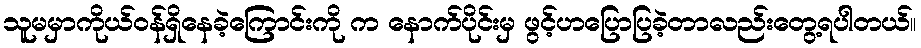
သူမမှာကိုယ်ဝန်ရှိနေခဲ့ကြောင်းကို က နောက်ပိုင်းမှ ဖွင့်ဟပြောပြခဲ့တာလည်းတွေ့ရပါတယ်။